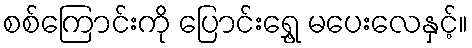
စစ်ကြောင်းကို ပြောင်းရွှေ့ မပေးလေနှင့်။